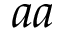
a a